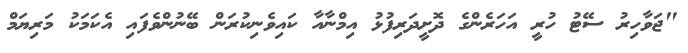
"ޖަވާހިރު ސޭޓު ހުރީ އަހަރެންގެ ދޮށީދަރިފުޅު އިމްނާއާ ކައިވެނިކުރަން ބޭނުންވެފައި އެކަމަކު މަރިޔަމް